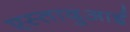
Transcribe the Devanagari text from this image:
एस्तादुआई